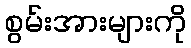
စွမ်းအားများကို